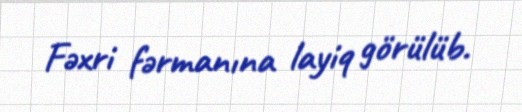
Fəxri fərmanına layiq görülüb.